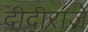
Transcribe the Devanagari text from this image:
दीदीराजे